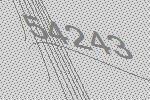
54243